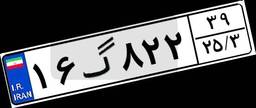
۳۲گ۴۳۸۲۷